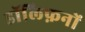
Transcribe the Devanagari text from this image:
डॉल्फ़िनों